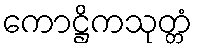
ကောဋ္ဌိကသုတ္တံ